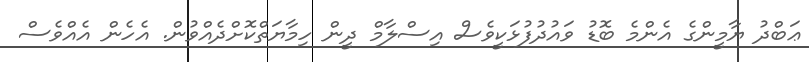
ޢަބްދު ޔާމީންގެ އެންމެ ބޮޑު ވައުދުފުޅަކީވެސް އިސްލާމް ދީން ހިމާޔަތްކޮށްދެއްވުން. އެހެން އެއްވެސް